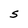
Character: S